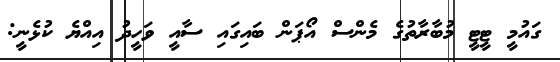
ގައުމީ ޓީޓީ މުބާރާތުގެ މެންސް އޯޕަން ބައިގައި ސާއީ ވަހީދު އިއްޔެ ކުޅެނީ: